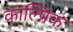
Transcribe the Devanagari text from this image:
काल्प्निक